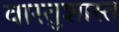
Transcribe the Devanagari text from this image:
वास्तुशास्त